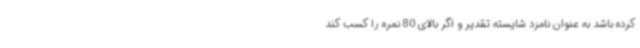
کرده باشد به عنوان نامزد شایسته تقدیر و اگر بالای 80 نمره را کسب کند